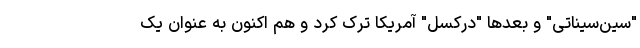
"سین‌سیناتی" و بعدها "درکسل" آمریکا ترک کرد و هم اکنون به عنوان یک